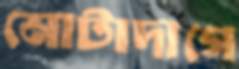
মোটাদাগে